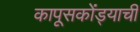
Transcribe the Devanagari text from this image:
कापूसकोंड्याची